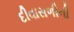
દીવાસળીની